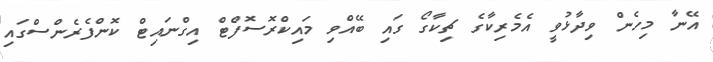
އޭނާ މިހެން ވިދާޅުވީ އެމެރިކާގެ ޗިކާގޯ ގައި ބޭއްވި މައިކްރޮސޮފްޓް އިގްނައިޓް ކޮންފެރެންސްގައި